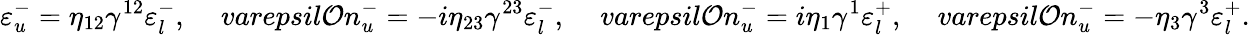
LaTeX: \varepsilon_{u}^{-}=\eta_{12}\gamma^{12}\varepsilon_{l}^{-},\ \ \ \ \, varepsil\mathcal{O}n_{u}^{-}=-i\eta_{23}\gamma^{23}\varepsilon_{l}^{-},\ \ \ \ \, varepsil\mathcal{O}n_{u}^{-}=i\eta_{1}\gamma^{1}\varepsilon_{l}^{+},\ \ \ \ \, varepsil\mathcal{O}n_{u}^{-}=-\eta_{3}\gamma^{3}\varepsilon_{l}^{+}.